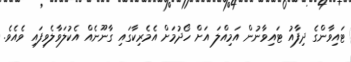
ޓައިވާންގެ ދިފާއު ޓައިވާނުން އަމިއްލަ އަށް ހޯދުމަށް އެމެރިކާގައި ގާނޫނެއް އެކުލަވާލެވިފައި ވެއެވެ.